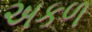
અકળ